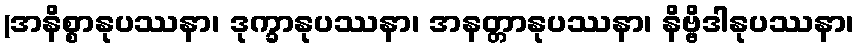
(အနိစ္စာနုပဿနာ၊ ဒုက္ခာနုပဿနာ၊ အနတ္တာနုပဿနာ၊ နိဗ္ဗိဒါနုပဿနာ၊